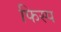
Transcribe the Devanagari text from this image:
फिस्प